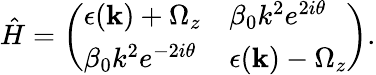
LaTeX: \begin{array}{r}{\hat{H}=\left(\begin{array}{ll}{\epsilon(\mathbf{k})+\Omega_{z}}&{\beta_{0}k^{2}e^{2i\theta}}\\ {\beta_{0}k^{2}e^{-2i\theta}}&{\epsilon(\mathbf{k})-\Omega_{z}}\end{array}\right)\textrm{.}}\end{array}